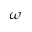
\omega